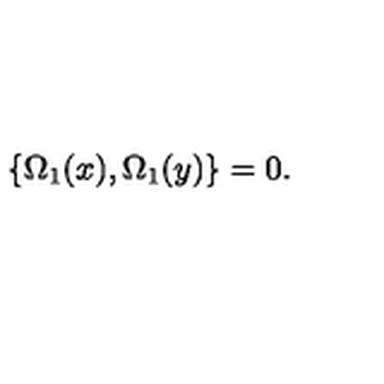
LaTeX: \lbrace \Omega _ { 1 } ( x ) , \Omega _ { 1 } ( y ) \rbrace = 0 .